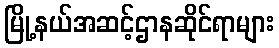
မြို့နယ်အဆင့်ဌာနဆိုင်ရာများ